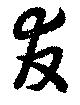
友